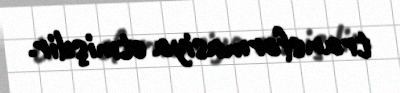
transformasiya etmişdir.